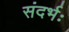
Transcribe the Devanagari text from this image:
संदर्भः